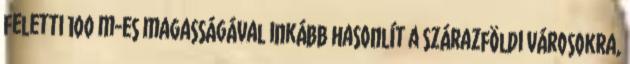
feletti 100 m-es magasságával inkább hasonlít a szárazföldi városokra,